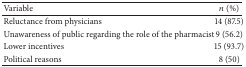
<table><thead><tr><td><b>Variable</b></td><td><b><i>n</i> (%)</b></td></tr></thead><tbody><tr><td>Reluctance from physicians </td><td>14 (87.5)</td></tr><tr><td>Unawareness of public regarding the role of the pharmacist</td><td>9 (56.2)</td></tr><tr><td>Lower incentives</td><td>15 (93.7)</td></tr><tr><td>Political reasons</td><td>8 (50)</td></tr></tbody></table>